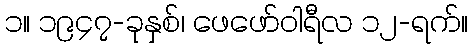
၁။ ၁၉၄၇-ခုနှစ်၊ ဖေဖော်ဝါရီလ ၁၂-ရက်။